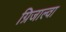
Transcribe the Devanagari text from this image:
ग्रिजाल्वा